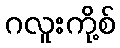
ဂလူးကို့စ်